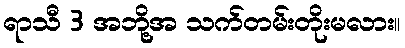
ရာသီ 3 အဘို့အ သက်တမ်းတိုးမလား။